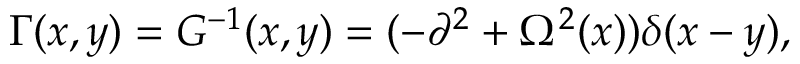
\Gamma ( x , y ) = G ^ { - 1 } ( x , y ) = ( - \partial ^ { 2 } + \Omega ^ { 2 } ( x ) ) \delta ( x - y ) ,